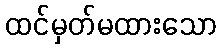
ထင်မှတ်မထားသော